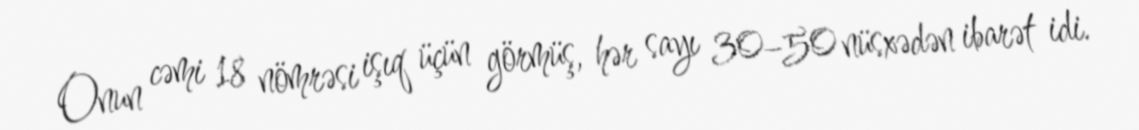
Onun cəmi 18 nömrəsi işıq üçün görmüş, hər sayı 30–50 nüsxədən ibarət idi.